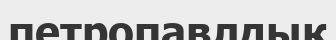
петропавлдық